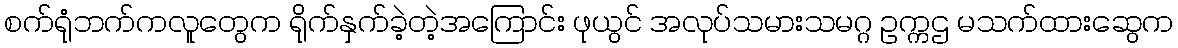
စက်ရုံဘက်ကလူတွေက ရိုက်နှက်ခဲ့တဲ့အကြောင်း ဖုယွင် အလုပ်သမားသမဂ္ဂ ဥက္ကဌ မသက်ထားဆွေက